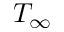
T _ { \infty }